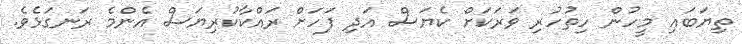
ތިޔަބައި މީހުން ހިތުހުރި ވަރަކަށް ކެޔަސް އަދި ފަހަށް ރައްކާކުރިޔަސް އެންމެ ރަނގަޅެވެ.